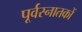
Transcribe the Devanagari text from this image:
पूर्वस्नातकों